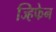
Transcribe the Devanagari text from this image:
ज्हिफेन